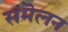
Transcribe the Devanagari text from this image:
संमॆलन